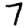
Digit: 7